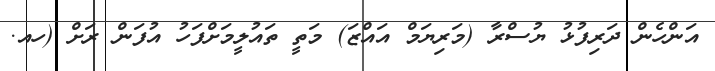
އަންހެން ދަރިފުޅު ޔުސްރާ (މަރިޔަމް އައްޒަ) މަތީ ތައުލީމަށްފަހު އުފަން ރަށް (ހއ.